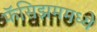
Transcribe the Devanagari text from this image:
फॅसिझममध्ये